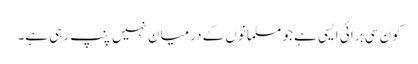
کون سی برائی ایسی ہے جو مسلمانوں کے درمیان نہیں پنپ رہی ہے۔